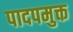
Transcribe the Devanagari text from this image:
पादपमुक्त